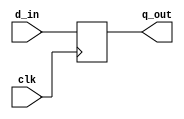
module register12bit_cgrundey(clk, d_in, q_out);
	input clk;
	input  [11:0] d_in;
	output [11:0] q_out;
	reg    [11:0] q_out;

	always @(posedge clk) begin
		q_out <= d_in;
	end

endmodule